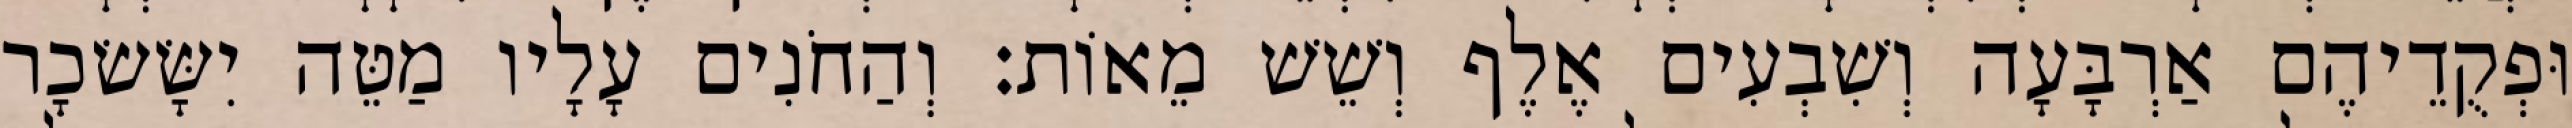
וּפְקֻדֵיהֶם אַרְבָּעָה וְשִׁבְעִים אֶלֶף וְשֵׁשׁ מֵאוֹת׃ וְהַחֹנִים עָלָיו מַטֵּה יִשָּׂשׂכָר